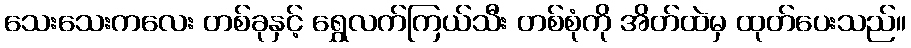
သေးသေးကလေး တစ်ခုနှင့် ရွှေလက်ကြယ်သီး တစ်စုံကို အိတ်ထဲမှ ထုတ်ပေးသည်။